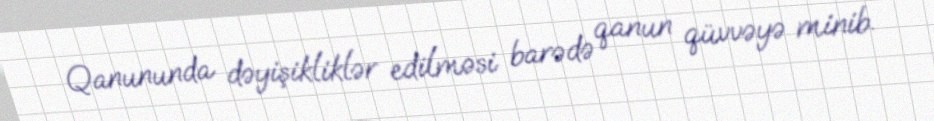
Qanununda dəyişikliklər edilməsi barədə qanun qüvvəyə minib.